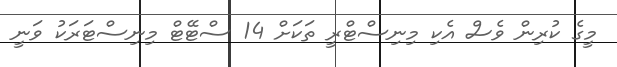
މީގެ ކުރިން ވެސް އެކި މިނިސްޓްރީ ތަކަށް 14 ސްޓޭޓް މިނިސްޓަރަކު ވަނީ